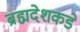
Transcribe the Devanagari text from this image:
ब्रह्मदेशकडे